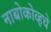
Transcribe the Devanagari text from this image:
नाबोकोव्हचे